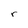
Character: r